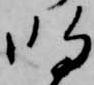
明